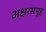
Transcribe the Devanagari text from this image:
अक्षरसमूह